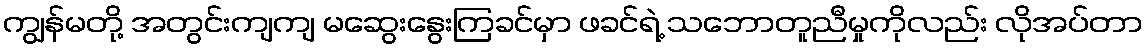
ကျွန်မတို့ အတွင်းကျကျ မဆွေးနွေးကြခင်မှာ ဖခင်ရဲ့ သဘောတူညီမှုကိုလည်း လိုအပ်တာ